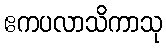
ဧကပလာသိကာသု